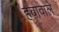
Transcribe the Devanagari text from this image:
हवावाले